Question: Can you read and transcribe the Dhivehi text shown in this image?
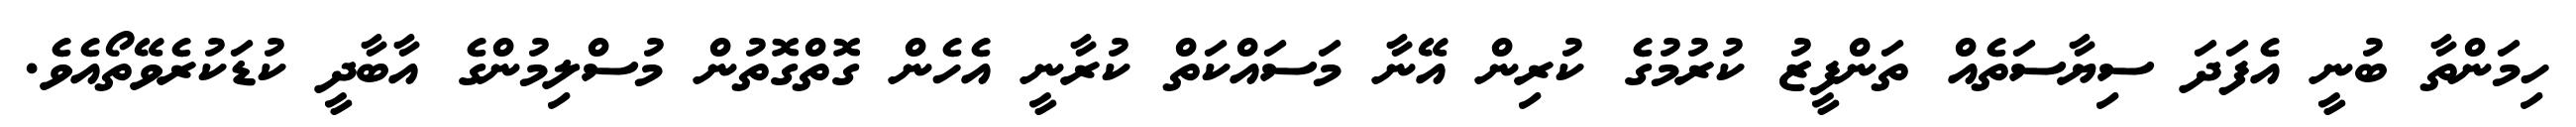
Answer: ހިމަންތާ ބުނީ އެފަދަ ސިޔާސަތެއް ތަންފީޒު ކުރުމުގެ ކުރިން އޭނާ މަސައްކަތް ކުރާނީ އެހެން ގޮތްގޮތުން މުސްލިމުންގެ އާބާދީ ކުޑަކުރެވޭތޯއެވެ.